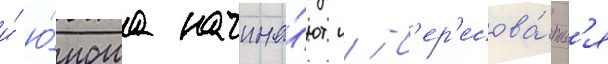
и́ ю́ноша начина́ют инт'ер'есова́тьс'я